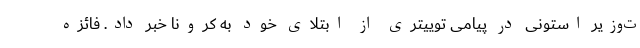
ت‌وزیر استونی در پیامی توییتری از ابتلای خود به کرونا خبر داد. فائزه